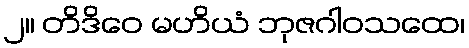
၂။ တိဒိဝေ မဟိယံ ဘုဇဂါဝသထေ၊